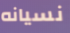
نسيانه